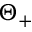
\Theta _ { + }